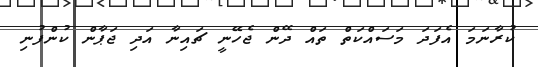
ކުރާނަމަ އެފަދަ މަސައްކަތް ތައް ދޭން ޖެހޭނީ ޗައިނާ އަދި ޖަޕާން ކުންފުނި